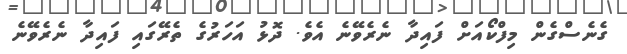
ގެނެސްގެން މިފްކޯއަށް ފައިދާ ނެރެވޭނެ އެވެ. ދޮޅު އަހަރުގެ ތެރޭގައި ފައިދާ ނެރެވޭނެ